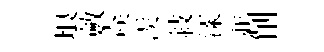
琅斂猋羨敍漾並削